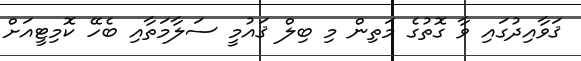
ޤަވާއިދުގައި ވާ ގޮތުގެ މަތިން މި ބިލް ޤައުމީ ސަލާމަތާއި ބެހޭ ކޮމިޓީއަށް